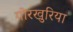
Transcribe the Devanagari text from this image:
गोरखुरिया